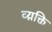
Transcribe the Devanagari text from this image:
व्य़क्ति